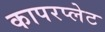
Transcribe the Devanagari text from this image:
कापरप्लेट